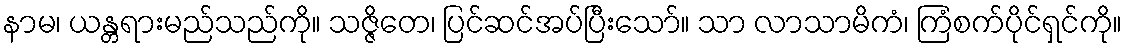
နာမ၊ ယန္တရားမည်သည်ကို။ သဇ္ဇိတေ၊ ပြင်ဆင်အပ်ပြီးသော်။ သာ လာသာမိကံ၊ ကြံစက်ပိုင်ရှင်ကို။